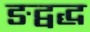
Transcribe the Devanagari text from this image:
ङद्वद्ध